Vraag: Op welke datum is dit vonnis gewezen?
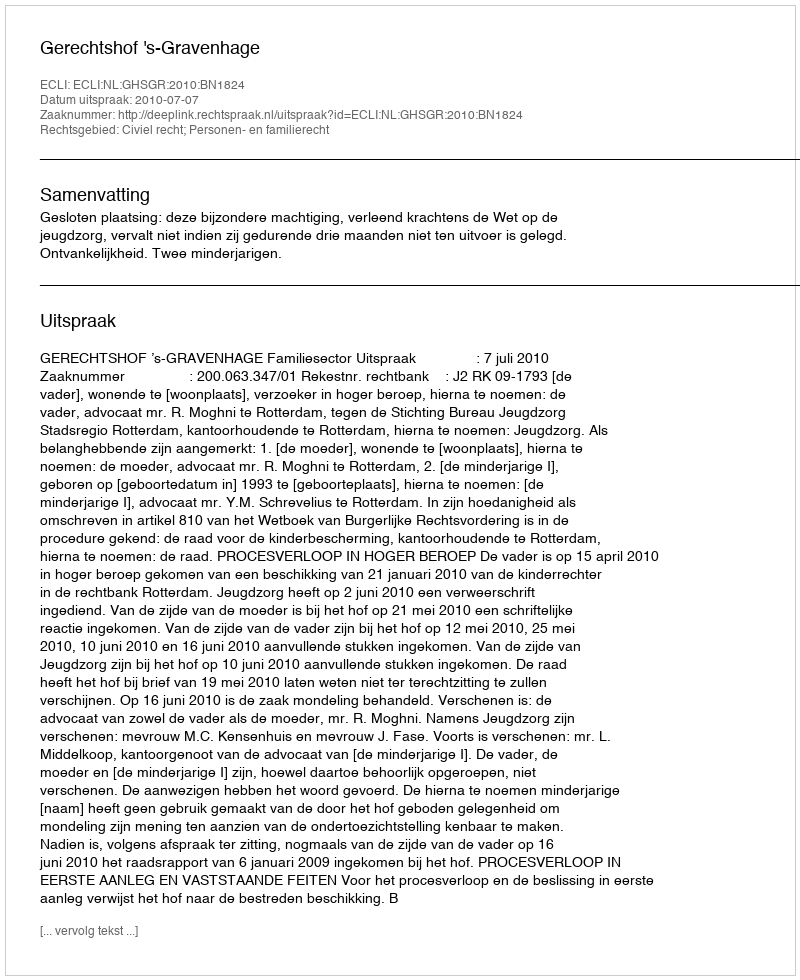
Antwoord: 2010-07-07